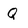
Character: Q